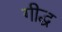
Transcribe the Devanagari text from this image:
गीद्ध